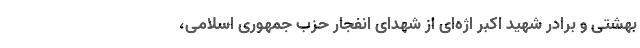
بهشتی و برادر شهید اکبر اژه‌ای از شهدای انفجار حزب جمهوری اسلامی،